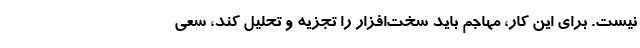
نیست. برای این کار، مهاجم باید سخت‌افزار را تجزیه و تحلیل کند، سعی